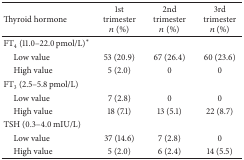
<table><thead><tr><td><b>Thyroid hormone</b></td><td><b>1st trimester <i>n</i> (%)</b></td><td><b>2nd trimester <i>n</i> (%)</b></td><td><b>3rd trimester <i>n</i> (%)</b></td></tr></thead><tbody><tr><td>FT<sub>4</sub> (11.0–22.0 pmol/L)*</td><td> </td><td> </td><td> </td></tr><tr><td> Low value</td><td>53 (20.9)</td><td>67 (26.4)</td><td>60 (23.6)</td></tr><tr><td> High value</td><td>5 (2.0)</td><td>0</td><td>0</td></tr><tr><td>FT<sub>3</sub> (2.5–5.8 pmol/L) </td><td> </td><td> </td><td> </td></tr><tr><td> Low value</td><td>7 (2.8)</td><td>0</td><td>0</td></tr><tr><td> High value</td><td>18 (7.1)</td><td>13 (5.1)</td><td>22 (8.7)</td></tr><tr><td>TSH (0.3–4.0 mIU/L) </td><td> </td><td> </td><td> </td></tr><tr><td> Low value</td><td>37 (14.6)</td><td>7 (2.8)</td><td>0</td></tr><tr><td> High value</td><td>5 (2.0)</td><td>6 (2.4)</td><td>14 (5.5)</td></tr></tbody></table>